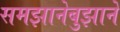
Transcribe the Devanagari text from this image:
समझानेबुझाने